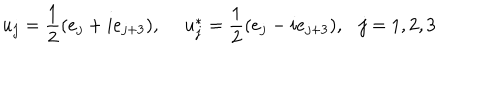
u _ { j } = \frac { 1 } { 2 } ( e _ { j } + i e _ { j + 3 } ) , ~ ~ u _ { j } ^ { * } = \frac { 1 } { 2 } ( e _ { j } - i e _ { j + 3 } ) , j = 1 , 2 , 3